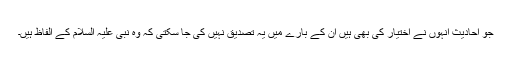
جو احادیث انہوں نے اختیار کی بھی ہیں ان کے بارے میں یہ تصدیق نہیں کی جا سکتی کہ وہ نبی علیہ السلام کے الفاظ ہیں۔